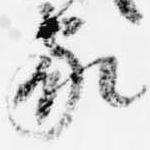
家